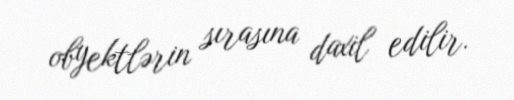
obyektlərin sırasına daxil edilir.